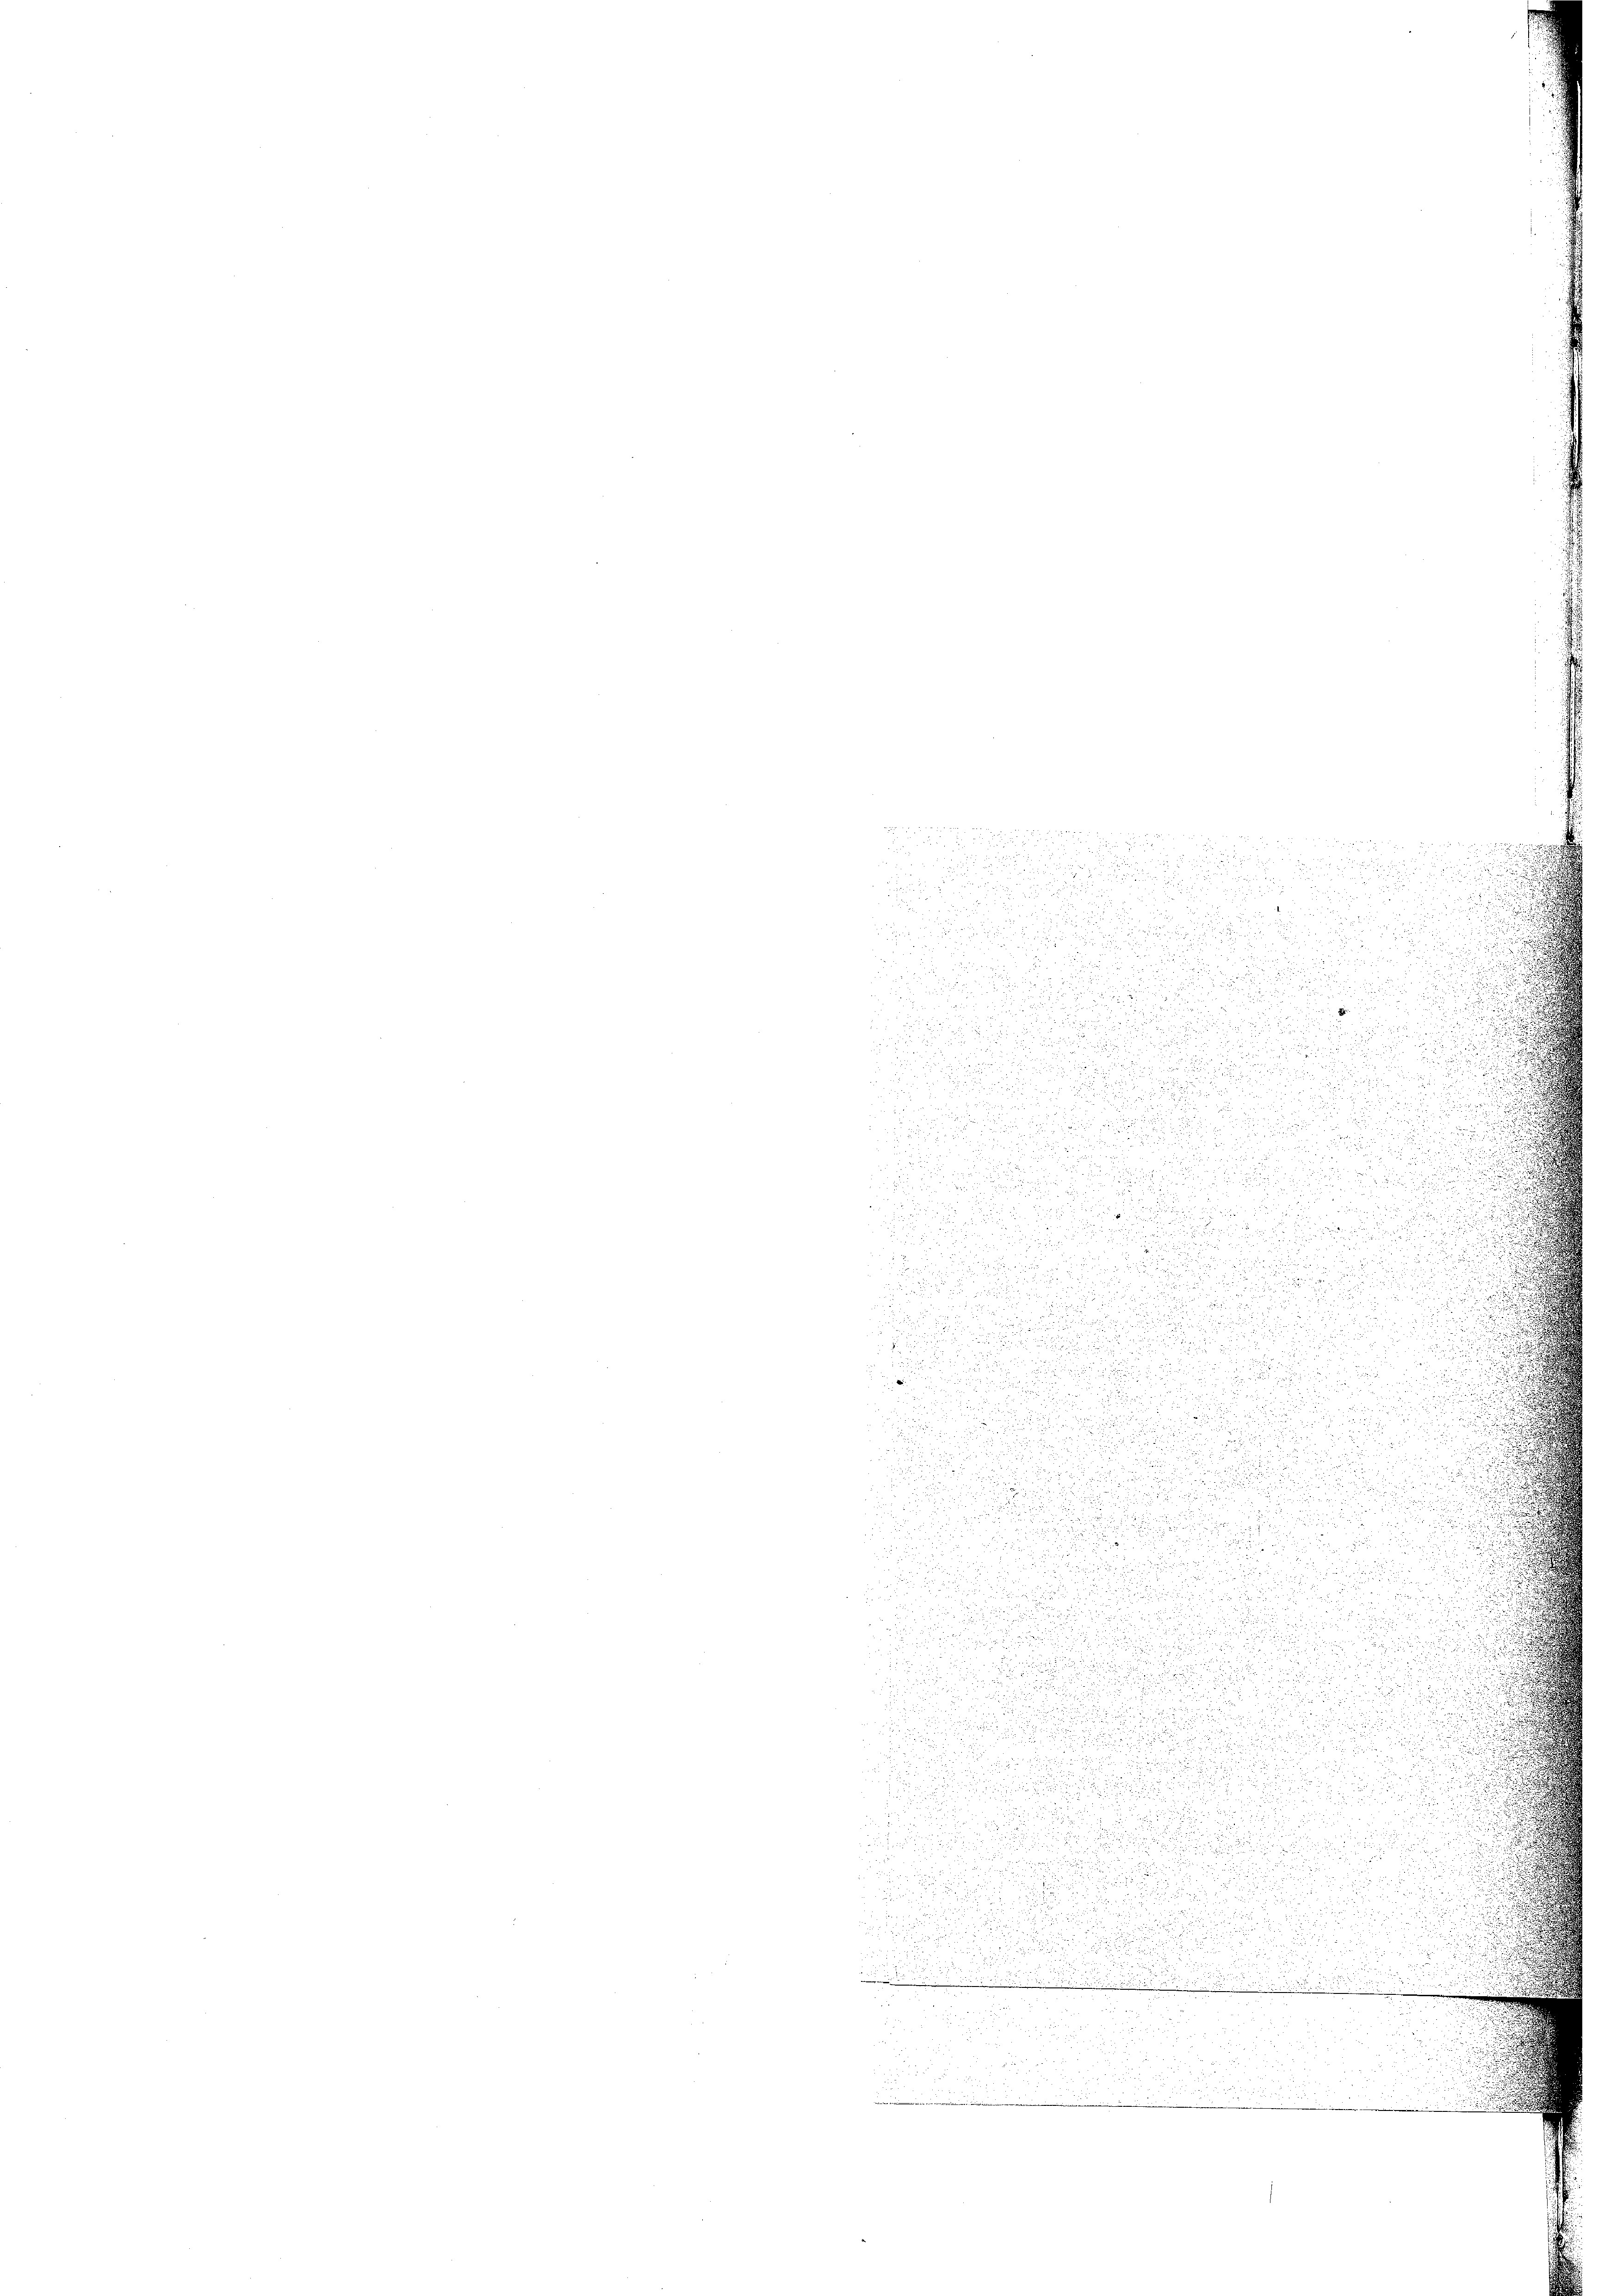
.
u

u

2
9